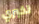
تخبري